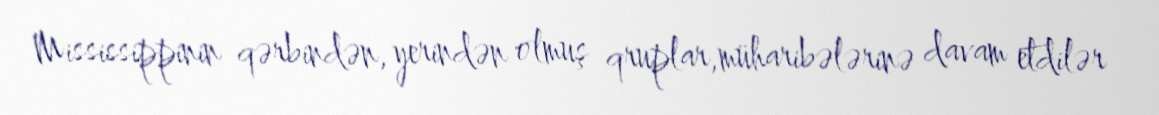
Mississippinin qərbindən, yerindən olmuş qruplar,müharibələrinə davam etdilər